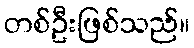
တစ်ဦးဖြစ်သည်။